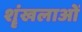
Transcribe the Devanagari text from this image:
शॄंखलाओं